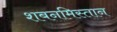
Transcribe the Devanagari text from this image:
शबनमिस्तान